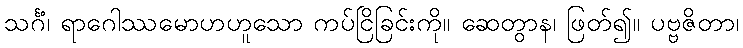
သင်္ဂံ၊ ရာဂေါဿမောဟဟူသော ကပ်ငြိခြင်းကို။ ဆေတွာန၊ ဖြတ်၍။ ပဗ္ဗဇိတာ၊